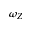
\omega _ { Z }